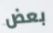
بعض